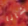
شانا